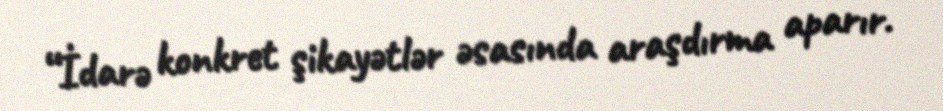
“İdarə konkret şikayətlər əsasında araşdırma aparır.